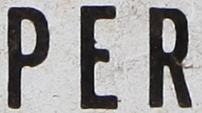
PER